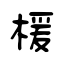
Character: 楥